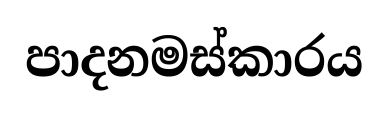
පාදනමස්කාරය